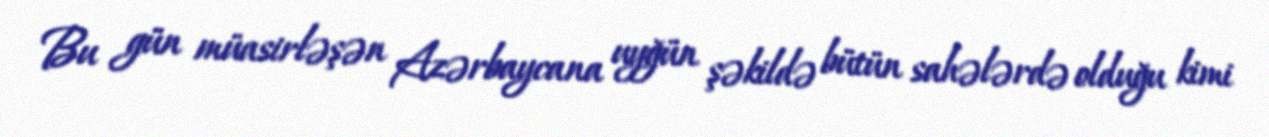
Bu gün müasirləşən Azərbaycana uyğün şəkildə bütün sahələrdə olduğu kimi